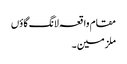
مقام واقعہ لانگ گاؤں
ملزمین ۔